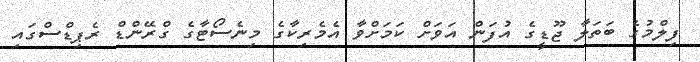
ފިލްމުގެ ބަތަލާ ޖޫޑީގެ އުފަން އަވަށް ކަމަށްވާ އެމެރިކާގެ މިނެސޯޓާގެ ގްރޭންޑް ރެޕިޑްސްގައި